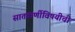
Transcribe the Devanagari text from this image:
सातकर्णीविषयीची